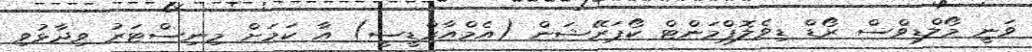
ވަނީ މޯލްޑިވްސް ރޯޑް ޑިވެލޮޕްމަންޓް ކޯޕަރޭޝަން (އެމްއާރްޑީސީ) އާ ކަމަށް މިނިސްޓަރު ވިދާޅުވި